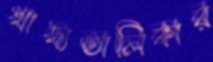
খাদ্যতালিকার